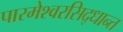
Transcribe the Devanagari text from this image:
पारमेश्वरसिद्धान्त